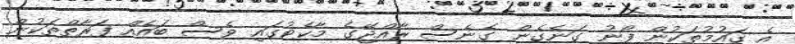
އެ ގައުމުތަކުން ފޯނު ގަނެގެން ގެނެސް ރާއްޖޭގެ މާކެޓުގައި ވެސް ބައެއް ފަރާތްތަކުން